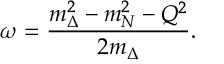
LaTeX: \omega = \frac { m _ { \Delta } ^ { 2 } - m _ { N } ^ { 2 } - Q ^ { 2 } } { 2 m _ { \Delta } } .